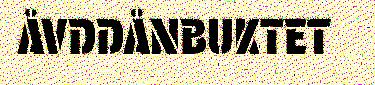
ÅVDDÅNBUKTET